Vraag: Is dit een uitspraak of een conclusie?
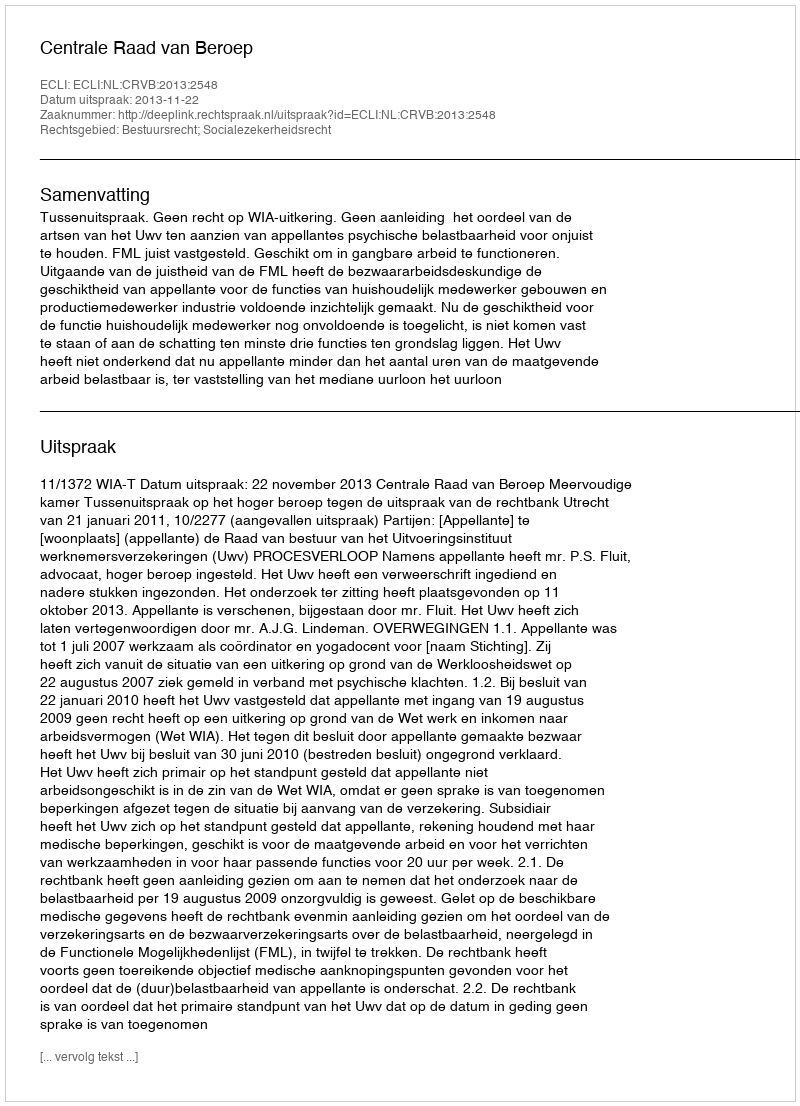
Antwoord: Uitspraak